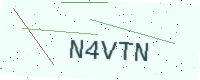
Text: N4VTN